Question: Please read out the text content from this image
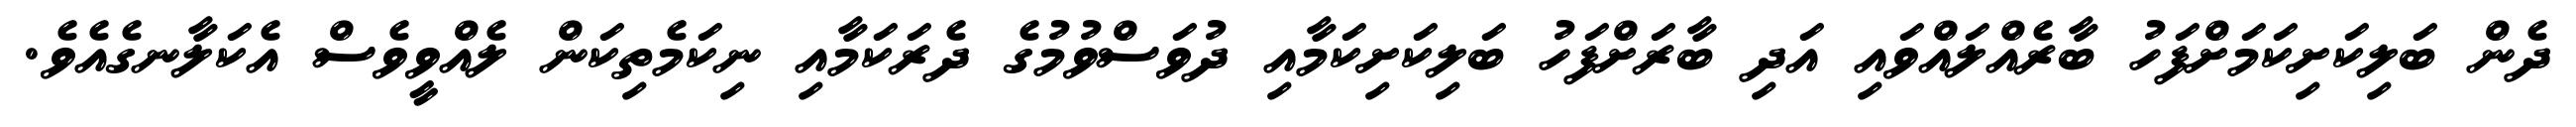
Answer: ދެން ބަލިކަށިކަމަށްފަހު ބާރެއްލައްވައި އަދި ބާރަށްފަހު ބަލިކަށިކަމާއި ދުވަސްވުމުގެ ދެރަކަމާއި ނިކަމެތިކަން ލެއްވީވެސް އެކަލާނގެއެވެ.